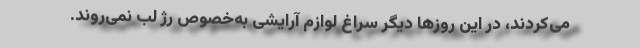
می‌کردند، در این روزها دیگر سراغ لوازم آرایشی به‌خصوص رژ لب نمی‌روند.